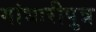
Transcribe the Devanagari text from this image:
गांधारीपुत्र